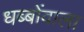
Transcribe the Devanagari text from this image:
धब्बोंवाला